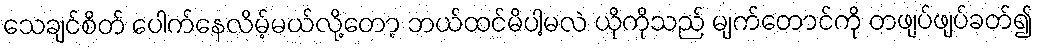
သေချင်စိတ် ပေါက်နေလိမ့်မယ်လို့တော့ ဘယ်ထင်မိပါ့မလဲ ယိုကိုသည် မျက်တောင်ကို တဖျပ်ဖျပ်ခတ်၍